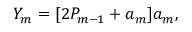
Y _ { m } = [ 2 P _ { m - 1 } + a _ { m } ] a _ { m } ,